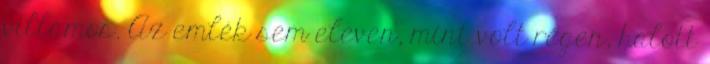
villamos. Az emlék sem eleven, mint volt régen, halott